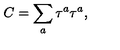
C = \sum _ { a } \tau ^ { a } \tau ^ { a } ,